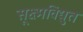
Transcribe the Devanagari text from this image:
सूक्ष्मविद्युत